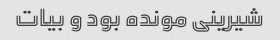
شیرینی مونده بود و بیات